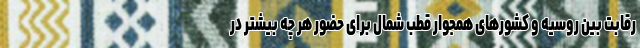
رقابت بین روسیه و کشورهای همجوار قطب شمال برای حضور هر چه بیشتر در